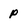
Character: P